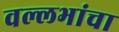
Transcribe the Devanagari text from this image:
वल्लभांचा